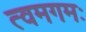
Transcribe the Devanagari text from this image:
त्वमगमः